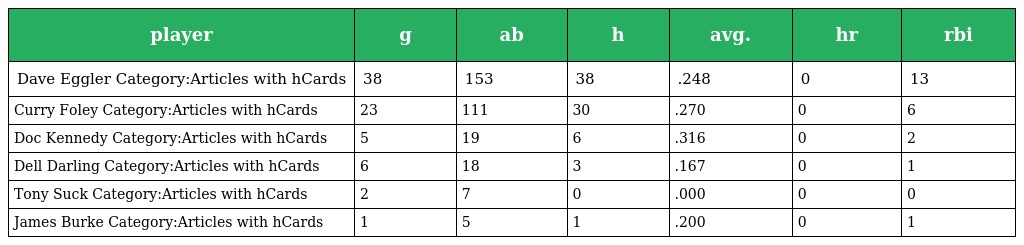
| player | g | ab | h | avg. | hr | rbi |
 | --- | --- | --- | --- | --- | --- | --- |
 | Dave Eggler Category:Articles with hCards | 38 | 153 | 38 | .248 | 0 | 13 |
 | Curry Foley Category:Articles with hCards | 23 | 111 | 30 | .270 | 0 | 6 |
 | Doc Kennedy Category:Articles with hCards | 5 | 19 | 6 | .316 | 0 | 2 |
 | Dell Darling Category:Articles with hCards | 6 | 18 | 3 | .167 | 0 | 1 |
 | Tony Suck Category:Articles with hCards | 2 | 7 | 0 | .000 | 0 | 0 |
 | James Burke Category:Articles with hCards | 1 | 5 | 1 | .200 | 0 | 1 |